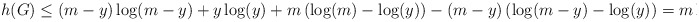
\begin{align*} h(G)\le (m-y)\log(m-y)+y\log(y)+m\left(\log(m)-\log(y)\right)-(m-y)\left(\log(m-y)-\log(y)\right)= m\log m. \end{align*}